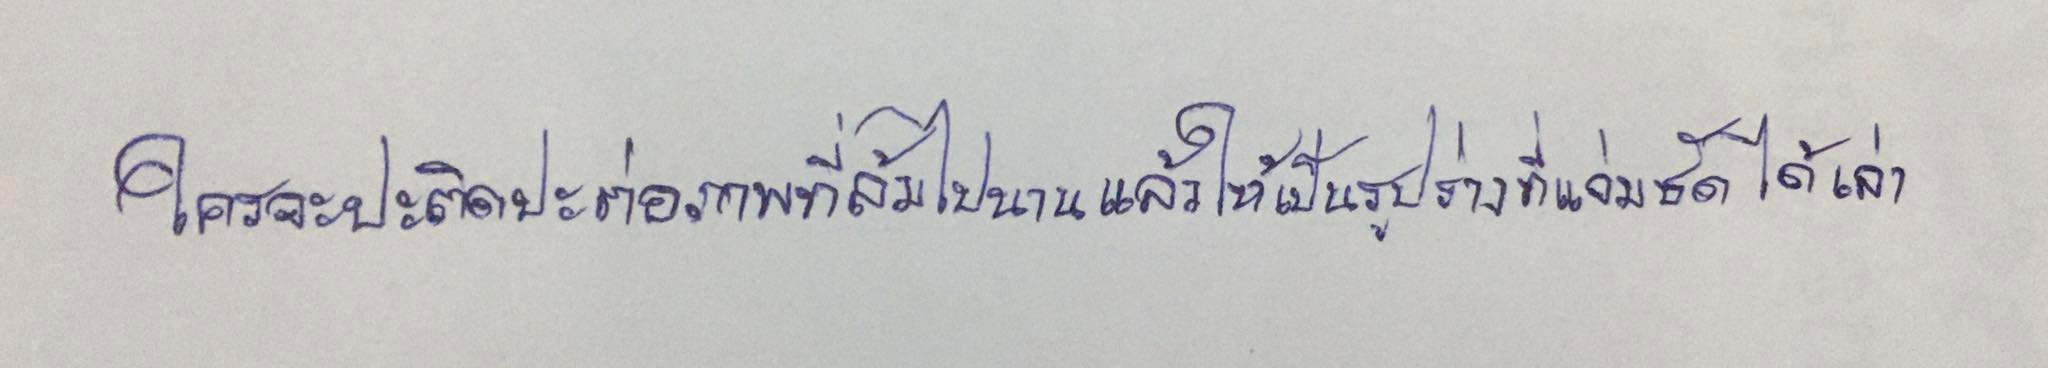
ใครจะปะติดปะต่อภาพที่ล้มไปนานแล้วให้เป็นรูปร่างที่แจ่มชัดได้เล่า